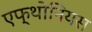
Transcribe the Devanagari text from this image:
एफ्थोनियस